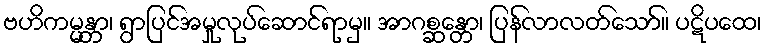
ဗဟိကမ္မန္တာ၊ ရွာပြင်အမှုလုပ်ဆောင်ရာမှ။ အာဂစ္ဆန္တော၊ ပြန်လာလတ်သော်။ ပဋိပထေ၊